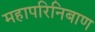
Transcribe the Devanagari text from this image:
महापरिनिबाण